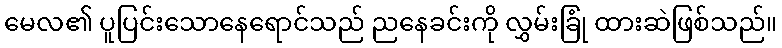
မေလ၏ ပူပြင်းသောနေရောင်သည် ညနေခင်းကို လွှမ်းခြုံ ထားဆဲဖြစ်သည်။